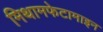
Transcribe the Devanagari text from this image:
मिथामफेटामाइन